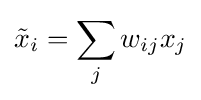
{\tilde {x}}_{i}=\sum _{j}w_{ij}x_{j}